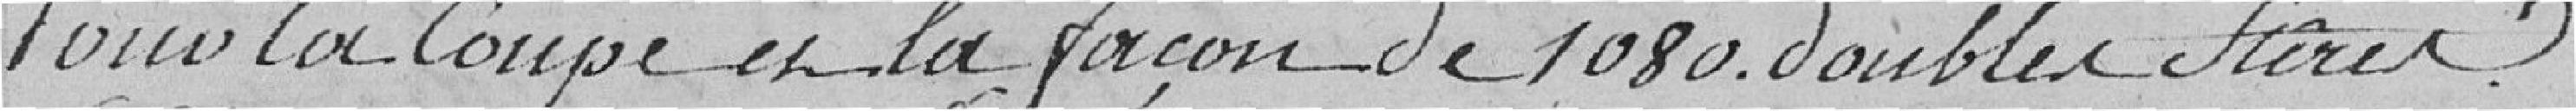
Pour la coupe et la façon de 1080 doubles